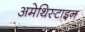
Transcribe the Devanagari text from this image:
अमेथिस्टाइन